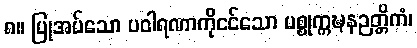
၈။ ပြုအပ်သော ပဝါရဏာကိုငင်သော ပစ္စုက္ကဍ္ဎနဉတ္တိကံ၊